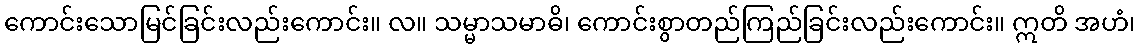
ကောင်းသောမြင်ခြင်းလည်းကောင်း။ လ။ သမ္မာသမာဓိ၊ ကောင်းစွာတည်ကြည်ခြင်းလည်းကောင်း။ ဣတိ အဟံ၊